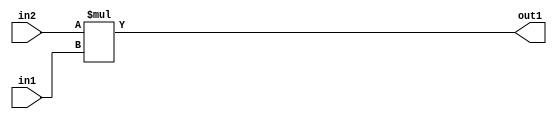
`timescale 1ps / 1ps
/*****************************************************************************
    Verilog RTL Description
    
    
    Created by: Stratus DpOpt 21.05.01 
*******************************************************************************/

module SobelFilter_Mul_33Sx3U_33S_4 (
	in2,
	in1,
	out1
	); /* architecture "behavioural" */ 
input [32:0] in2;
input [2:0] in1;
output [32:0] out1;
wire [32:0] asc001;

assign asc001 = 
	+(in2 * in1);

assign out1 = asc001;
endmodule

/* CADENCE  ubD4Qgo= : u9/ySxbfrwZIxEzHVQQV8Q== ** DO NOT EDIT THIS LINE ******/